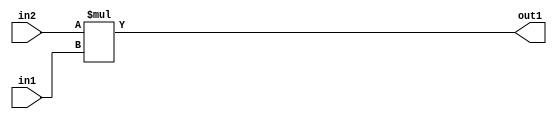
`timescale 1ps / 1ps
/*****************************************************************************
    Verilog RTL Description
    
    
    Created by: Stratus DpOpt 21.05.01 
*******************************************************************************/

module SobelFilter_Mul_33Sx3U_33S_4 (
	in2,
	in1,
	out1
	); /* architecture "behavioural" */ 
input [32:0] in2;
input [2:0] in1;
output [32:0] out1;
wire [32:0] asc001;

assign asc001 = 
	+(in2 * in1);

assign out1 = asc001;
endmodule

/* CADENCE  ubD4Qgo= : u9/ySxbfrwZIxEzHVQQV8Q== ** DO NOT EDIT THIS LINE ******/